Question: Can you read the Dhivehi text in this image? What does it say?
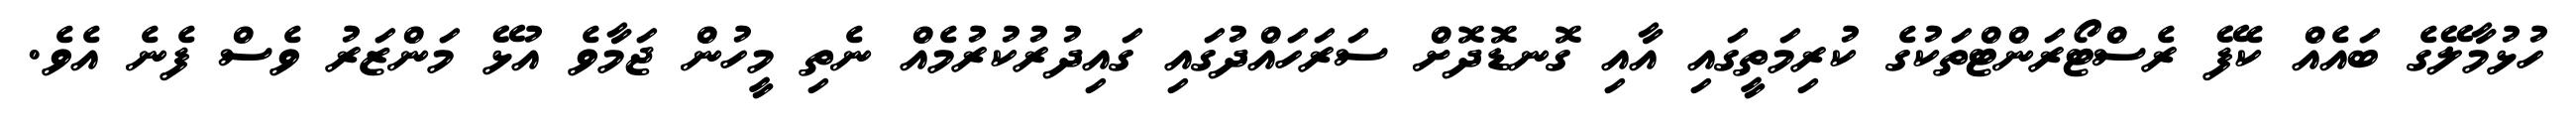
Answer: ހުޅުމާލޭގެ ބައެއް ކެފޭ ރެސްޓޯރަންޓްތަކުގެ ކުރިމަތީގައި އާއި ގޮނޑޮދޮށް ސަރަހައްދުގައި ގައިދުރުކުރުމެއް ނެތި މީހުން ޖަމާވެ އުޅޭ މަންޒަރު ވެސް ފެނެ އެވެ.